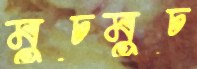
মুচমুচ